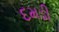
દમડી